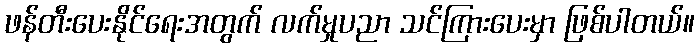
ဖန်တီးပေးနိုင်ရေးအတွက် လက်မှုပညာ သင်ကြားပေးမှာ ဖြစ်ပါတယ်။